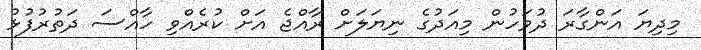
މިދިޔަ އަންގާރަ ދުވަހުން މިއަދުގެ ނިޔަލަށް ރާއްޖެ އަށް ކުރެއްވި ހާއްސަ ދަތުރުފުޅު